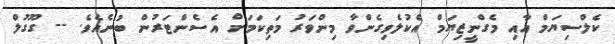
ކެލްސިޔަމް އާއި މެގްނީޒިޔަމް އެކުލެވިގެންވާ މިންވަރު މަތިކަމަށް އެސެންޓަރުން ބުނެއެވެ. -- ގޫގުލް